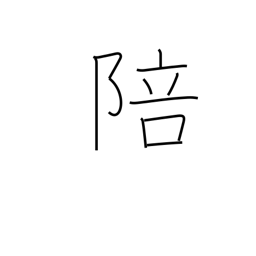
Meaning: obeisance